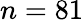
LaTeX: n=81